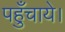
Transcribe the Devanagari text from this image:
पहुँचाये।